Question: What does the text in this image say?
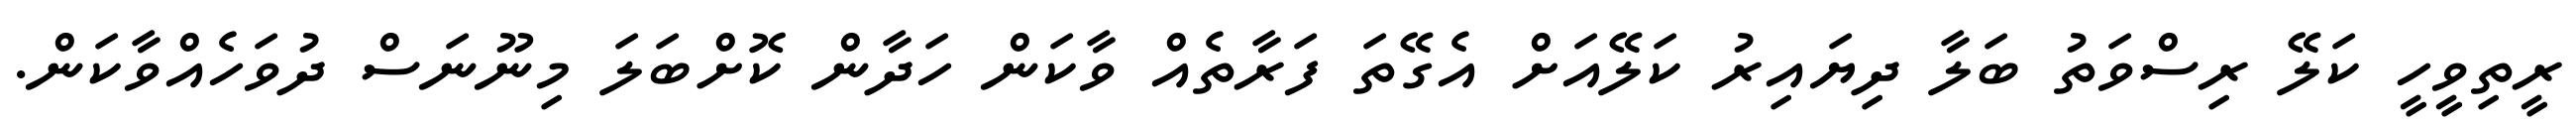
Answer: ރީތިވީހީ ކަލޭ ރިސްވަތު ބަލާ ދިޔައިރު ކަލޭއަށް އެގޭތަ ފަރާތެއް ވާކަން ހަދާން ކޮށްބަލަ މިނޫނަސް ދުވަހެއްވާކަން.